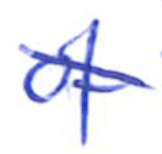
Text: of
Cross-out: mix
Writing tool: ballpoint